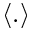
\left< . \right>